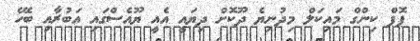
ޕޮޕް ކިންގް މައިކަލް މިދުނިޔެ ދޫކޮށް ދިޔައީ އެއީ ޔޫއެސްގައި އަބުރާއި ބެހޭ